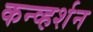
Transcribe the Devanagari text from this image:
कन्व्हर्शन